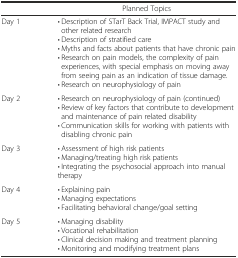
|  | Planned Topics |
 | --- | --- |
 | Day 1 | • Description of STarT Back Trial, IMPACT study and other related research• Description of stratified care• Myths and facts about patients that have chronic pain• Research on pain models, the complexity of pain experiences, with special emphasis on moving away from seeing pain as an indication of tissue damage.• Research on neurophysiology of pain |
 | Day 2 | • Research on neurophysiology of pain (continued)• Review of key factors that contribute to development and maintenance of pain related disability• Communication skills for working with patients with disabling chronic pain |
 | Day 3 | • Assessment of high risk patients• Managing/treating high risk patients• Integrating the psychosocial approach into manual therapy |
 | Day 4 | • Explaining pain• Managing expectations• Facilitating behavioral change/goal setting |
 | Day 5 | • Managing disability• Vocational rehabilitation• Clinical decision making and treatment planning• Monitoring and modifying treatment plans |